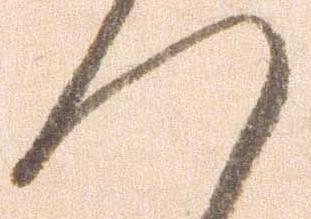
つ